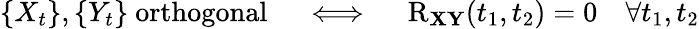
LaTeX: \left\{ X_{t}\right\} ,\left\{ Y_{t}\right\} {\mathrm{~orthogonal}}\quad\iff\quad\operatorname{R}_{\mathbf{X}\mathbf{Y}}(t_{1},t_{2})=0\quad\forall t_{1},t_{2}